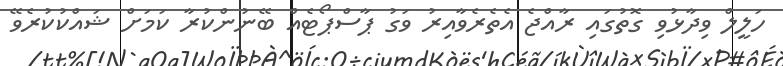
ހަލީލް ވިދާޅުވި ގޮތުގައި ރާއްޖެ އެތެރެވާއިރު ވަގު ޕާސްޕޯޓެއް ބޭނުންކުރާ ކަމަށް ޝައްކުކުރެވޭ